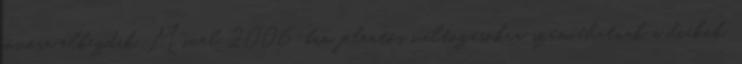
jövőre elkezdik. Mivel 2006-ban jelentős változásokra számíthatnak a diákok,